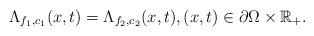
LaTeX: \begin{align*} \Lambda_{f_1,c_1}(x,t)=\Lambda_{f_2,c_2}(x,t),(x,t)\in\partial \Omega\times\mathbb{R}_+.\end{align*}